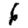
Digit: 6